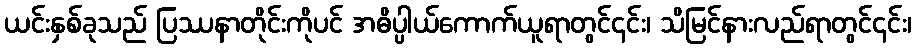
ယင်းနှစ်ခုသည် ပြဿနာတိုင်းကိုပင် အဓိပ္ပါယ်ကောက်ယူရာတွင်၎င်း၊ သိမြင်နားလည်ရာတွင်၎င်း၊